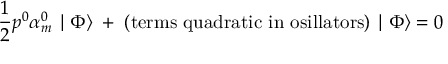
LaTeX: \frac { 1 } { 2 } p ^ { 0 } \alpha _ { m } ^ { 0 } \mid \Phi \rangle \; + \; \mathrm { ( t e r m s ~ q u a d r a t i c ~ i n ~ o s i l l a t o r s ) } \mid \Phi \rangle = 0